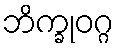
ဘိက္ခုဝဂ္ဂ